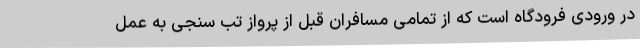
در ورودی فرودگاه است که از تمامی مسافران قبل از پرواز تب سنجی به عمل